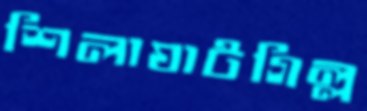
শিলাঘাটগিল্ল